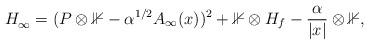
LaTeX: \begin{align*}H_{\infty}^{} = (P \otimes \mathbb{1} - \alpha^{1/2} A_{\infty}(x))^2 + \mathbb{1} \otimes H_f -\frac{\alpha}{|x|} \otimes \mathbb{1}, \end{align*}